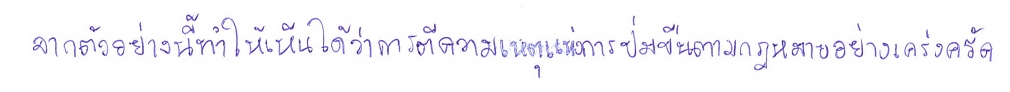
จากตัวอย่างนี้ทำให้เห็นได้ว่าการตีความเหตุแห่งการข่มขืนตามกฎหมายอย่างเคร่งครัด